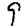
Digit: 9